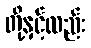
တို့နှင့်လည်း